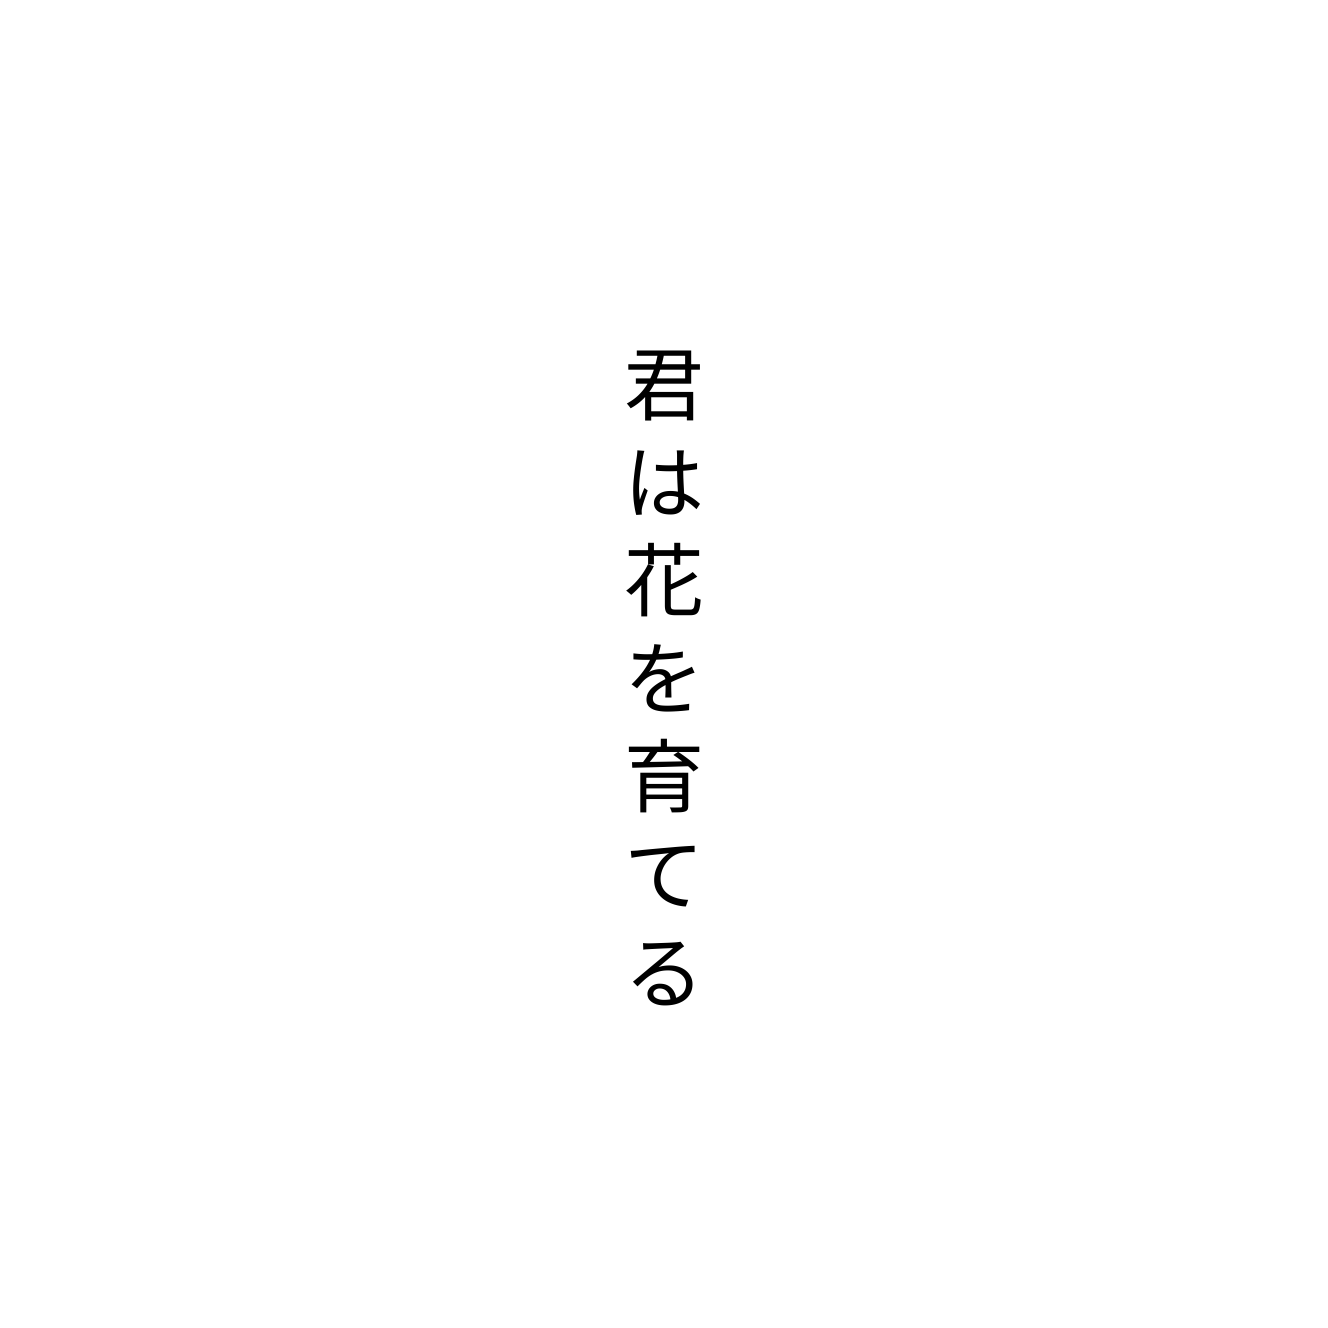
君は花を育てる